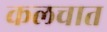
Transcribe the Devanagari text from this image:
कलचात